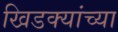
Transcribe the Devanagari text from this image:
खिडक्यांच्या